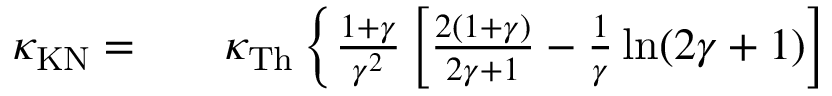
\begin{array} { r l r } { \kappa _ { \mathrm { K N } } = } & { { } } & { \kappa _ { \mathrm { T h } } \left\{ \frac { 1 + \gamma } { \gamma ^ { 2 } } \left[ \frac { 2 ( 1 + \gamma ) } { 2 \gamma + 1 } - \frac { 1 } { \gamma } \ln ( 2 \gamma + 1 ) \right] \right. } \end{array}